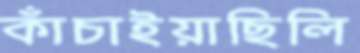
কাঁচাইয়াছিলি